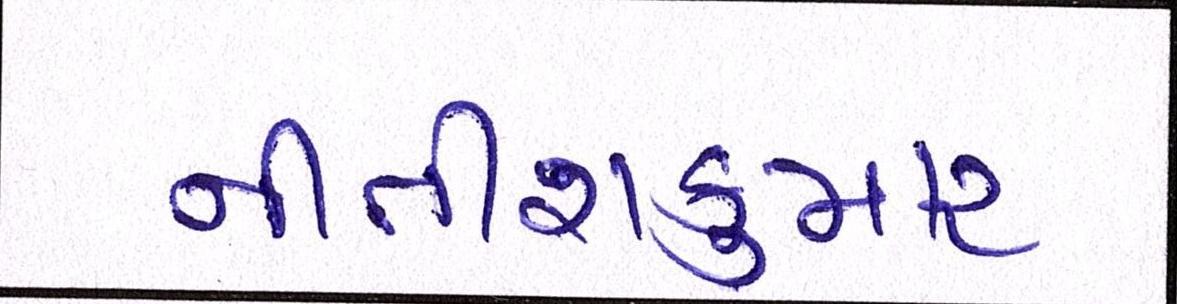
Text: નીતીશકુમાર